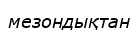
мезондықтан